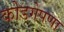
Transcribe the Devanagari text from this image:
कोडगेपणा